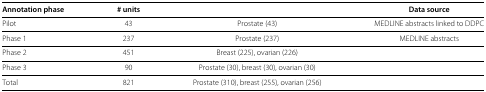
<table><thead><tr><td><b>Annotation phase</b></td><td><b># units</b></td><td>[EMPTY_CELL]</td><td><b>Data source</b></td></tr></thead><tbody><tr><td>Pilot</td><td>43</td><td>Prostate (43)</td><td>MEDLINE abstracts linked to DDPC</td></tr><tr><td>Phase 1</td><td>237</td><td>Prostate (237)</td><td>MEDLINE abstracts</td></tr><tr><td>Phase 2</td><td>451</td><td>Breast (225), ovarian (226)</td><td>[EMPTY_CELL]</td></tr><tr><td>Phase 3</td><td>90</td><td>Prostate (30), breast (30), ovarian (30)</td><td>[EMPTY_CELL]</td></tr><tr><td>Total</td><td>821</td><td>Prostate (310), breast (255), ovarian (256)</td><td>[EMPTY_CELL]</td></tr></tbody></table>